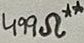
Text: 499Ω**